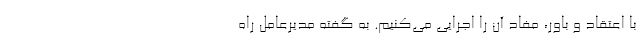
با اعتقاد و باور، مفاد آن را اجرایی می‌کنیم. به گفته مدیرعامل راه